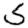
Digit: 5